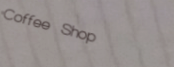
Coffee Shop